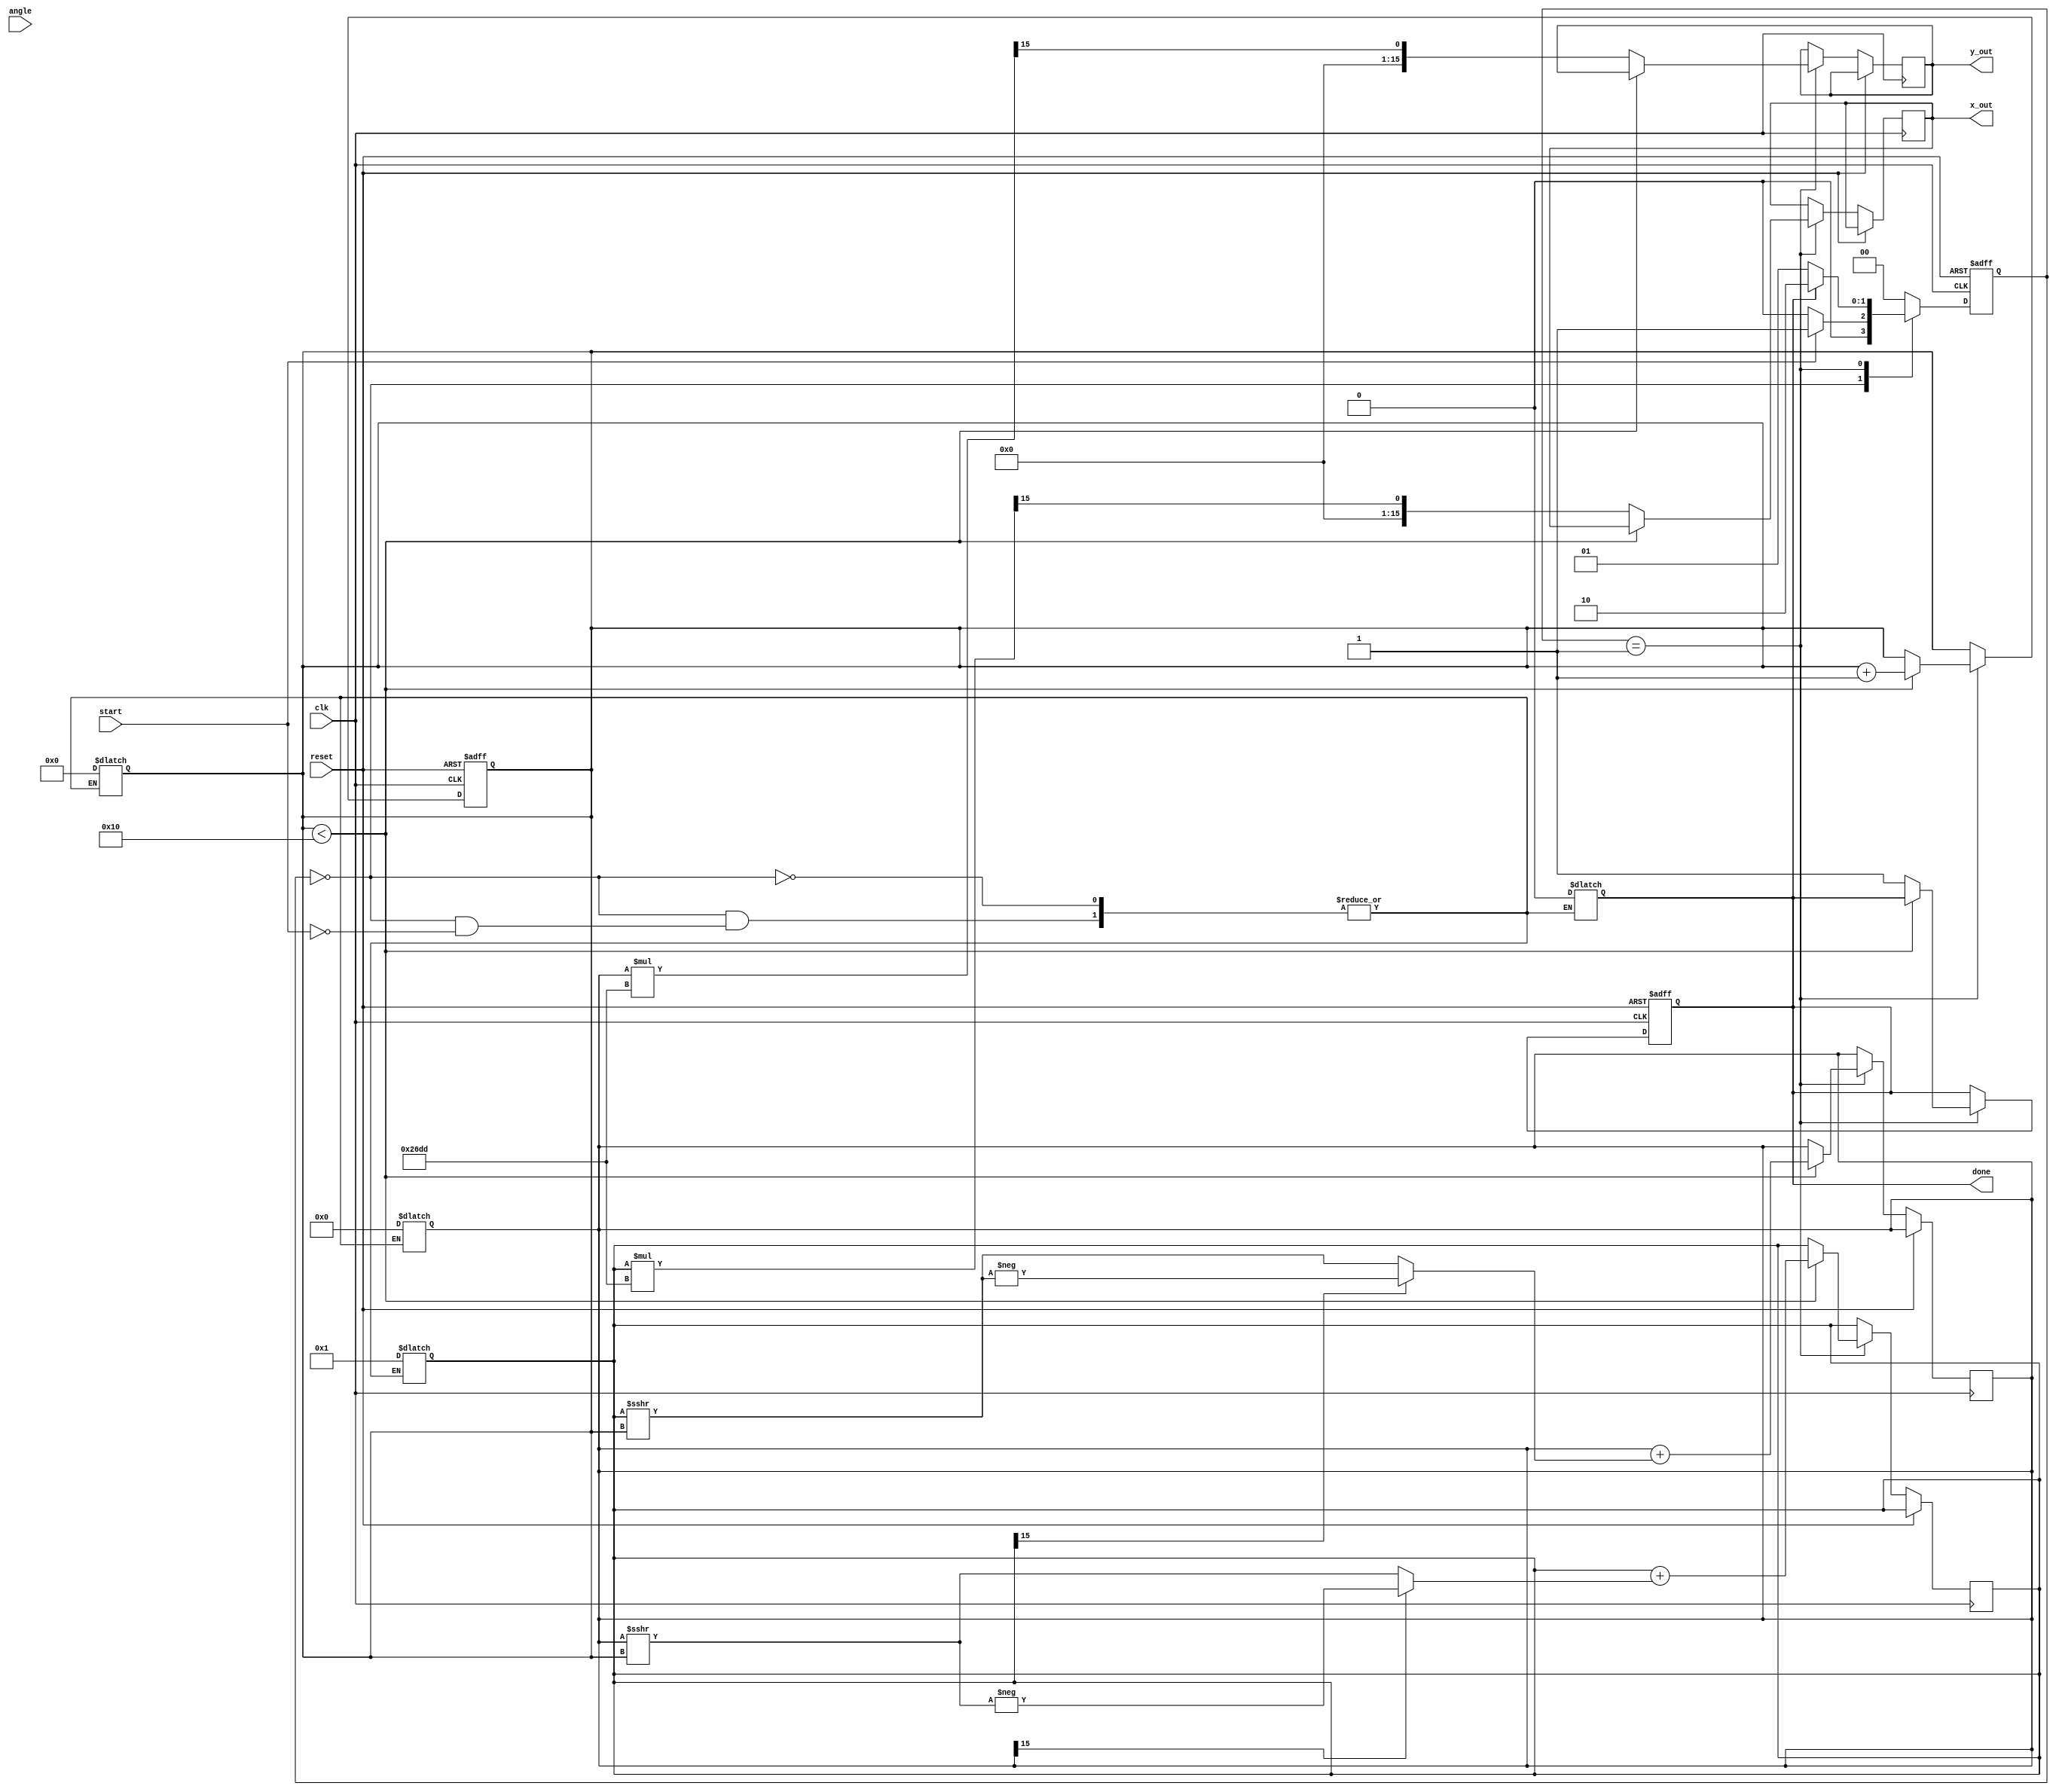
module cordic(
    input clk,
    input reset,
    input start,
    input signed [15:0] angle, // Input angle (16-bit signed)
    output reg signed [15:0] x_out, // Output X (cosine)
    output reg signed [15:0] y_out, // Output Y (sine)
    output reg done // Signal to indicate completion
);

// Parameters
parameter N = 16; // Number of iterations
parameter SCALE_FACTOR = 16'h26DD; // Example scaling factor (need to adjust based on iterations)
parameter LUT_SIZE = 16; // Size of LUT

// Lookup Table for arctangent values (in fixed-point representation)
reg [15:0] atan_table [0:LUT_SIZE-1];

// State Definitions
parameter IDLE = 2'b00, RUN = 2'b01, DONE = 2'b10;
reg [1:0] state, next_state;

// Internal registers
reg signed [15:0] x, y;
reg [3:0] i; // Iteration counter
reg signed [15:0] angle_reg;

// Initialization of LUT with pre-computed values
initial begin
    atan_table[0] = 16'h2000; // atan(1/2^0) = 0.785398 (fixed-point)
    atan_table[1] = 16'h1666; // atan(1/2^1) = 0.463648
    atan_table[2] = 16'h0D89; // atan(1/2^2) = 0.244978
    atan_table[3] = 16'h05A8; // atan(1/2^3) = 0.124389
    atan_table[4] = 16'h028F; // atan(1/2^4) = 0.062418
    atan_table[5] = 16'h0142; // atan(1/2^5) = 0.031239
    // Initialize remaining LUT values similarly...
end

// State Machine
always @(posedge clk or posedge reset) begin
    if (reset) begin
        state <= IDLE;
        done <= 0;
        i <= 0;
    end else begin
        state <= next_state;
        if (state == RUN) begin
            if (i < N) begin
                // Perform CORDIC rotation
                angle_reg <= angle - (x[15] ? -atan_table[i] : atan_table[i]);
                x <= x + (y[15] ? - (y >>> i) : (y >>> i));
                y <= y + (x[15] ? - (x >>> i) : (x >>> i));
                i <= i + 1;
            end else begin
                x_out <= x * SCALE_FACTOR >>> 15; // Apply scaling
                y_out <= y * SCALE_FACTOR >>> 15; // Apply scaling
                done <= 1;
            end
        end
    end
end

// Next state logic
always @(*) begin
    case (state)
        IDLE: begin
            if (start) begin
                next_state = RUN;
                x = 16'h0001; // Initialize x to 1.0
                y = 16'h0000; // Initialize y to 0.0
                angle_reg = angle;
                i = 0;
                done = 0;
            end else begin
                next_state = IDLE;
            end
        end
        RUN: begin
            if (done) begin
                next_state = DONE;
            end else begin
                next_state = RUN;
            end
        end
        DONE: begin
            next_state = IDLE; // Return to IDLE after completion
        end
        default: next_state = IDLE;
    endcase
end

endmodule